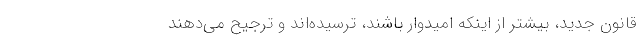
قانون جديد، بيشتر از اينكه اميدوار باشند، ترسيده‌اند و ترجيح مي‌دهند